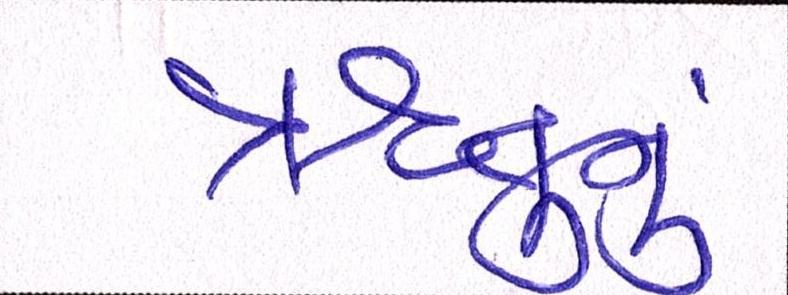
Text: ઋતુનું